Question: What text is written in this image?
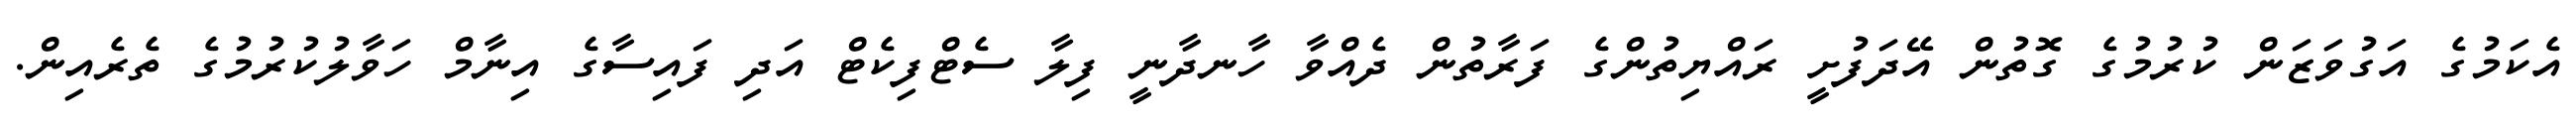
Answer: އެކަމުގެ އަގުވަޒަން ކުރުމުގެ ގޮތުން އޭދަފުށީ ރައްޔިތުންގެ ފަރާތުން ދެއްވާ ހާނދާނީ ފިލާ ސެޓްފިކެޓް އަދި ފައިސާގެ އިނާމް ހަވާލުކުރުމުގެ ތެރެއިން.